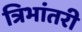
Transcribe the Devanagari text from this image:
त्रिभांतरी